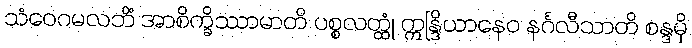
သံဝေဂမလဘိံ အာစိက္ခိဿာမာတိ ပစ္စလတ္ထုံ ဣန္ဒြိယာနေဝ နင်္ဂလီသာတိ စန္ဒမှိ